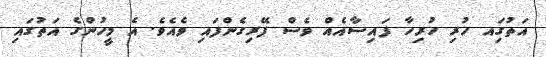
އަތުގަިއ ހުރި ހުރިހާ ފައިސާއެއް ވެސް ފޭރިގެންފައި ވެއެވެ. އެ މީހުންގެ އަތުގައި